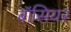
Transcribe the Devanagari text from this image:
बॉसियर